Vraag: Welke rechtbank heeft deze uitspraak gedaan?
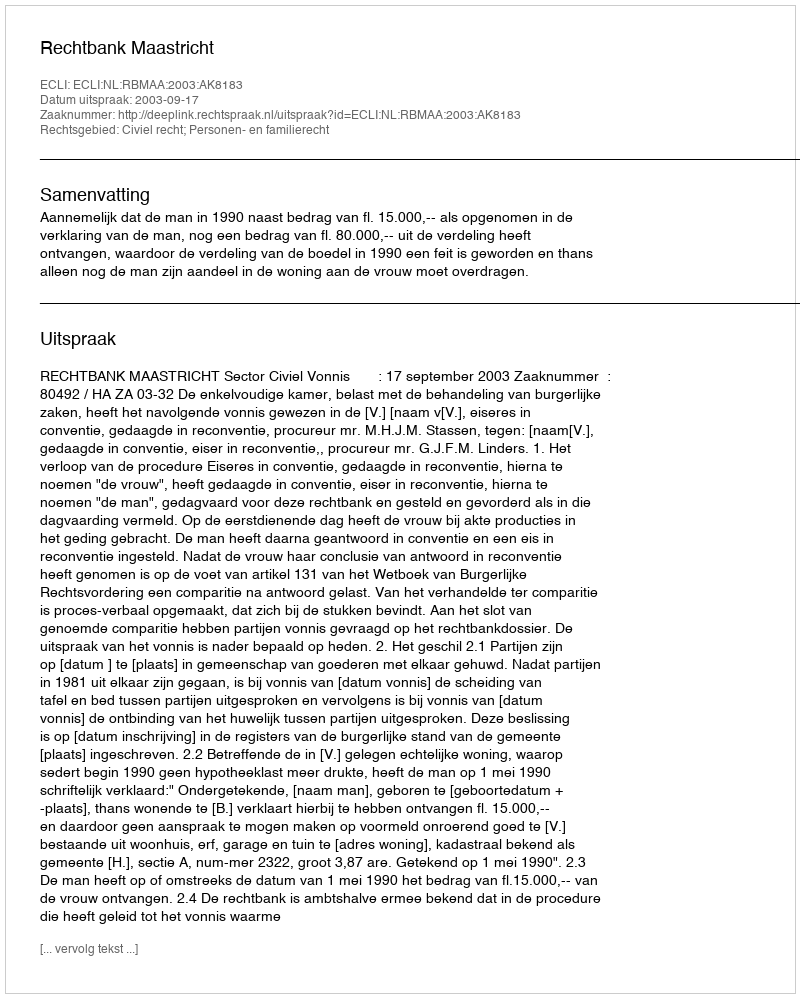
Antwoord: Rechtbank Maastricht